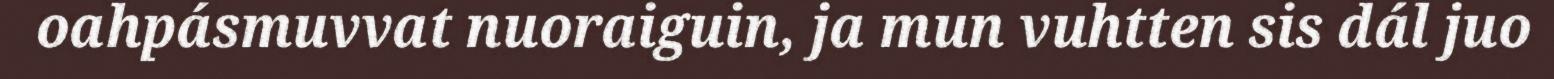
oahpásmuvvat nuoraiguin, ja mun vuhtten sis dál juo